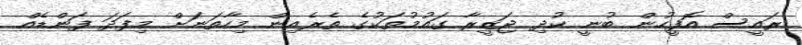
ރައީސް އޮފީހުން ބުނީ ކުދި ޖަޒީރާ ގައުމުތަކުގެ ތެރެއިން މިހާތަނަށް މިފަދަ ފަންޑެއް